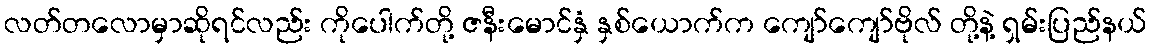
လတ်တလောမှာဆိုရင်လည်း ကိုပေါက်တို့ ဇနီးမောင်နှံ နှစ်ယောက်က ကျော်ကျော်ဗိုလ် တို့နဲ့ ရှမ်းပြည်နယ်